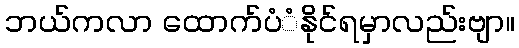
ဘယ်ကလာ ထောက်ပံံနိုင်ရမှာလည်းဗျာ။